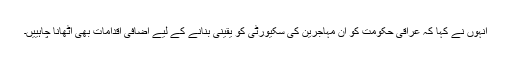
انہوں نے کہا کہ عراقی حکومت کو ان مہاجرین کی سکیورٹی کو یقینی بنانے کے لیے اضافی اقدامات بھی اٹھانا چاہییں۔